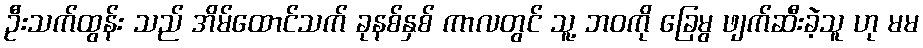
ဦးသက်ထွန်း သည် အိမ်ထောင်သက် ခုနစ်နှစ် ကာလတွင် သူ့ ဘဝကို ခြေမွ ဖျက်ဆီးခဲ့သူ ဟု မမ